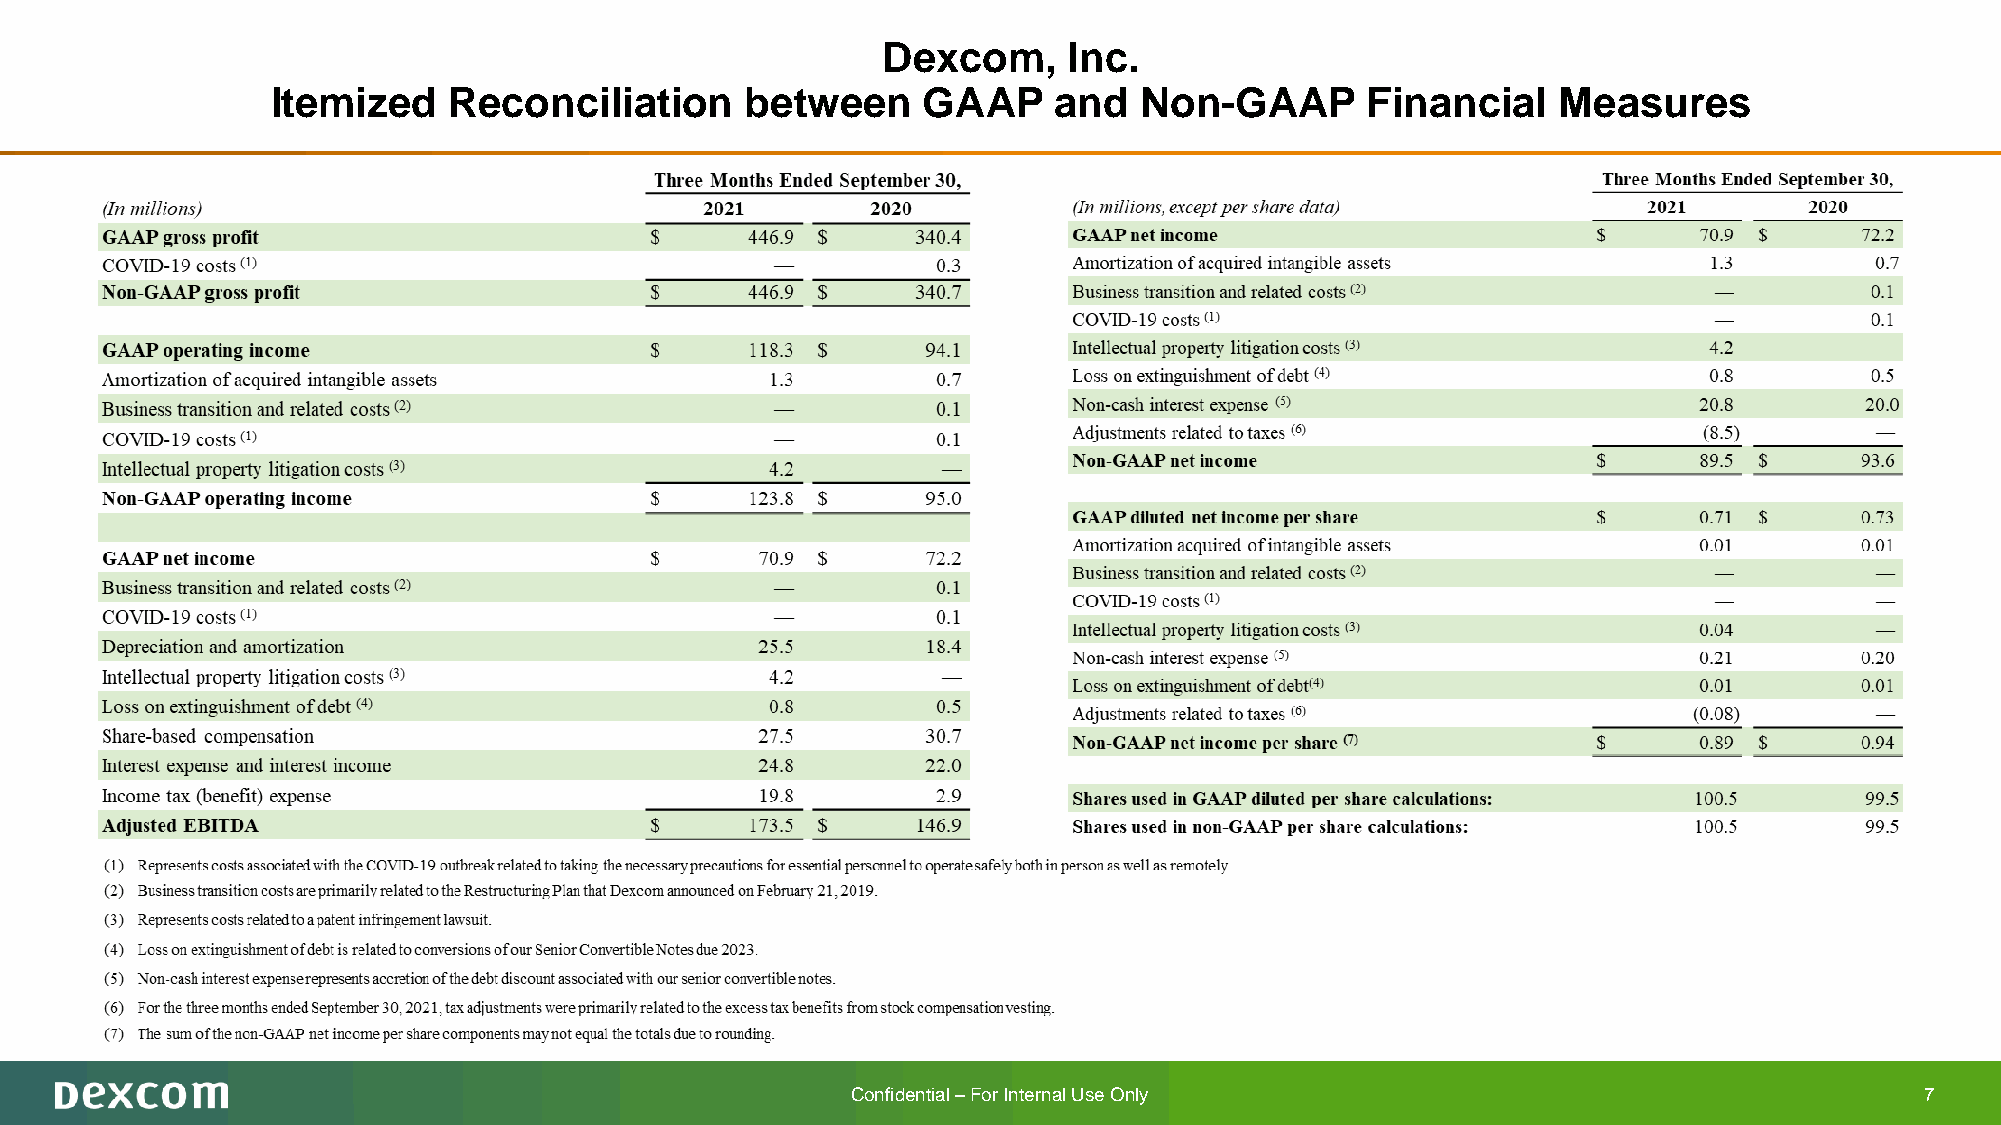
Dexcom,      Inc.
 Itemized    Reconciliation     between     GAAP     and  Non-GAAP       Financial    Measures
 Confidential –For Internal Use Only                                    7